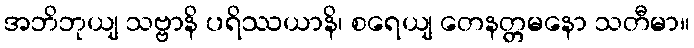
အဘိဘုယျ သဗ္ဗာနိ ပရိဿယာနိ၊ စရေယျ တေနတ္တမနော သတီမာ။